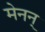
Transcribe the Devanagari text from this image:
मेनन्